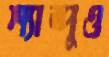
শ্যাম্পুও